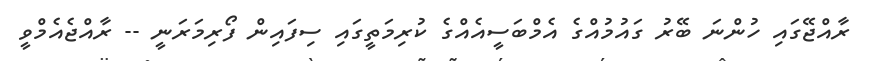
ރާއްޖޭގައި ހުންނަ ބޭރު ގައުމުއްގެ އެމްބަސީއެއްގެ ކުރިމަތީގައި ސިފައިން ފޯރިމަރަނީ -- ރާއްޖެއެމްވީ